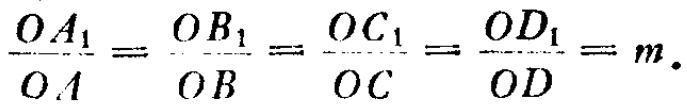
\frac{OA_{1}}{OA}=\frac{OB_{1}}{OB}=\frac{OC_{1}}{OC}=\frac{OD_{1}}{OD}=m.